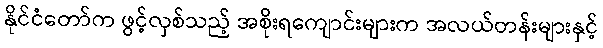
နိုင်ငံတော်က ဖွင့်လှစ်သည့် အစိုးရကျောင်းများက အလယ်တန်းများနှင့်